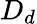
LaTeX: D_{d}